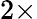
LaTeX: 2\times